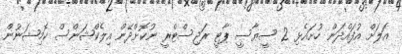
އަލަށް އުފައްދަން ހުށައެޅި 2 ސީޔާސީ ޕާޓީ ރަޖިސްޓްރީ ނުކޮށްދޭން އިލެކްޝަންސް ކޮމިޝަނުން